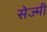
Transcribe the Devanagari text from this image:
सेज्मी